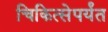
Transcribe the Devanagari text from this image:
चिकित्सेपर्यंत